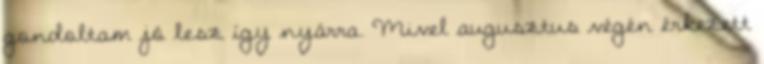
gondoltam jó lesz így nyárra. Mivel augusztus végén érkezett